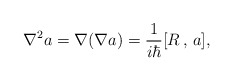
\begin{align*}\nabla ^2a=\nabla (\nabla a)=\frac 1{i\hbar }[R\,,\,a], \end{align*}